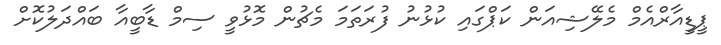
ޕީޑީއާރްއެމް މެލޭޝިއަން ކަޕްގައި ކުޅުނު ފުރަތަމަ މެޗުން މޮޅުވީ ސިމް ޑާބީއާ ބައްދަލުކޮށް